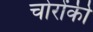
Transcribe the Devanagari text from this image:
चोरोंकी